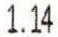
1.14